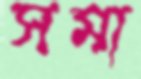
সমা